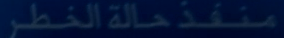
منفرد حالة الخطر